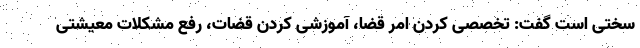
سختی است گفت: تخصصی کردن امر قضا، آموزشی کردن قضات، رفع مشکلات معیشتی